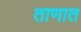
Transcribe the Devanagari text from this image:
ताणात